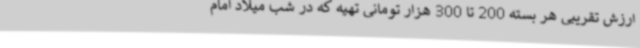
ارزش تقریبی هر بسته 200 تا 300 هزار تومانی تهیه که در شب میلاد امام